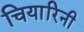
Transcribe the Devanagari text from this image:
चियारिनी